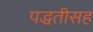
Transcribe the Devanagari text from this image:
पद्धतीसह